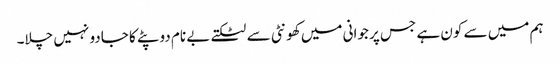
ہم میں سے کون ہے جس پر جوانی میں کھونٹی سے لٹکتے بے نام دوپٹے کا جادو نہیں چلا۔